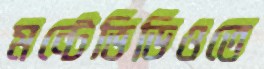
মন্টেভিডিওতে